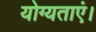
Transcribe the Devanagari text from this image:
योग्यताएं।